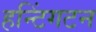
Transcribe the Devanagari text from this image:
हन्टिंगटन